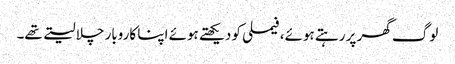
لوگ گھر پر رہتے ہوئے،فیملی کو دیکھتے ہوئے اپنا کاروبار چلا لیتے تھے۔